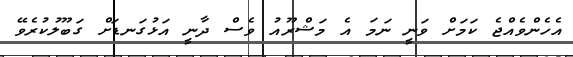
އެހެންވެއްޖެ ކަމަށް ވަނީ ނަމަ އެ މަޝްރޫއު ވެސް ދާނީ އަޅުގަނޑަށް ގަބޫލުކުރެވޭ